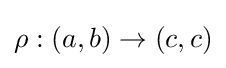
\rho :(a,b)\rightarrow (c,c)